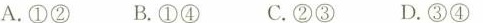
A.①② B.①④ C.②③ D.③④